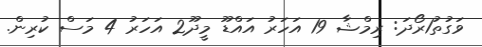
ވަގުތު1ރޯދަ: ރިމްޝާ 19 އަހަރު އައްޑޫ މީދޫ2 އަހަރު 4 މަސް ކުރިން.